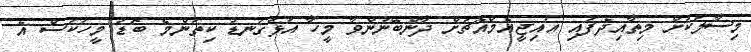
މިސާލަކަށް މިތާއިދެފައި އައިޖީއެމްއެޗަށް ދާންބޭނުންވާ މީހާ އަޅުގަނޑު ކިތަންމެ ބޮޑު މީހަކަސް އެ